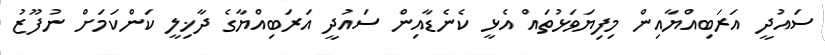
ސައުދީ އަރަބިއްޔާއިން މިފިޔަވަޅުތައް އެޅީ ކެނެޑާއިން ސައުދީ އަރަބިއްޔާގެ ދާޚިލީ ކަންކަމަށް ނުފޫޒު